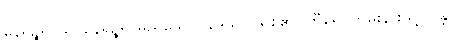
နေရဉ္စရာယ၊ နေရဉ္စရာမည်သော။ နဒိယာ၊ မြစ်၏။ တီရေ၊ ကမ်းနားသို့။ ဂန္တာ၊